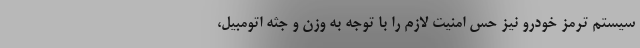
سیستم ترمز خودرو نیز حس امنیت لازم را با توجه به وزن و جثه اتومبیل،